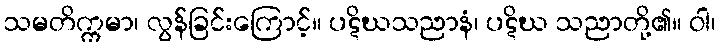
သမတိက္ကမာ၊ လွန်ခြင်းကြောင့်။ ပဋိဃသညာနံ၊ ပဋိဃ သညာတို့၏။ ဝါ၊